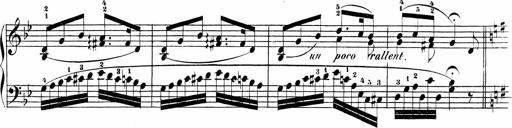
Title: Sonatinas
Composer: Andrew Violette